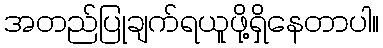
အတည်ပြုချက်ရယူဖို့ရှိနေတာပါ။